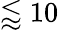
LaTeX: \lessapprox 10